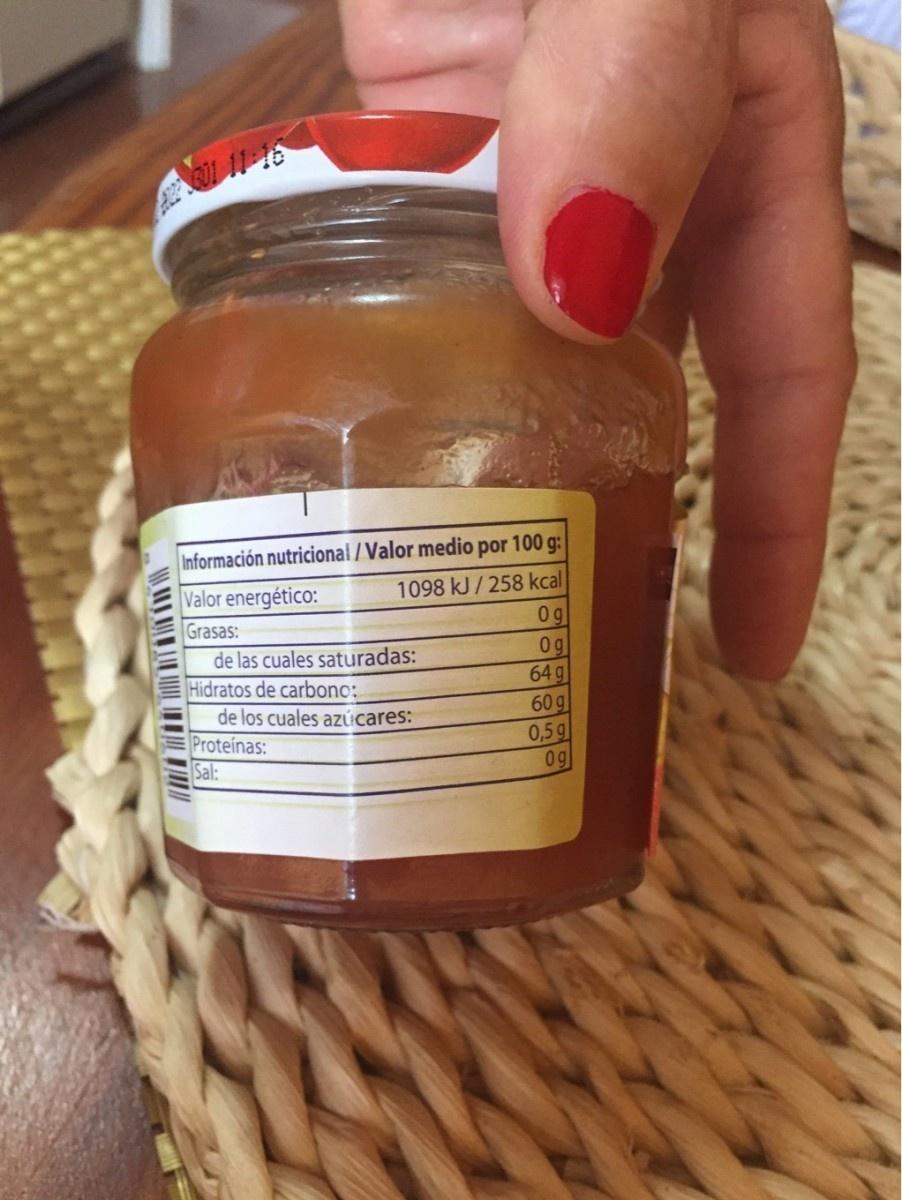
Información nutricional / Valor medio por 100 g: 1098 kJ / 258 kcal 0g
Valor energético:
Grasas: de las cuales saturadas: Hidratos de carbonc: de los cuales azúcares: Proteinas: Sal:
0g
64g
60g
0,5 g 0g